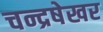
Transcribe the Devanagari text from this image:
चन्द्रषेखर